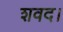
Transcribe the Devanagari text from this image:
शवद।